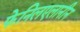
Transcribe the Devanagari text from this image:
फेनिलएलानीन